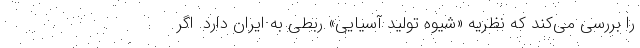
را بررسی می‌کند که نظریه «شیوه تولید آسیایی» ربطی به ایران دارد. اگر